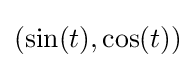
(\sin(t),\cos(t))